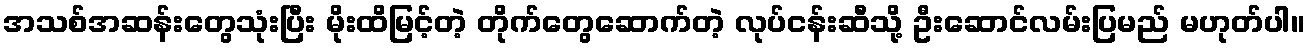
အသစ်အဆန်းတွေသုံးပြီး မိုးထိမြင့်တဲ့ တိုက်တွေဆောက်တဲ့ လုပ်ငန်းဆီသို့ ဦးဆောင်လမ်းပြမည် မဟုတ်ပါ။